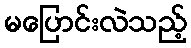
မပြောင်းလဲသည့်